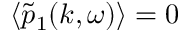
\langle \tilde { p } _ { 1 } ( k , \omega ) \rangle = 0